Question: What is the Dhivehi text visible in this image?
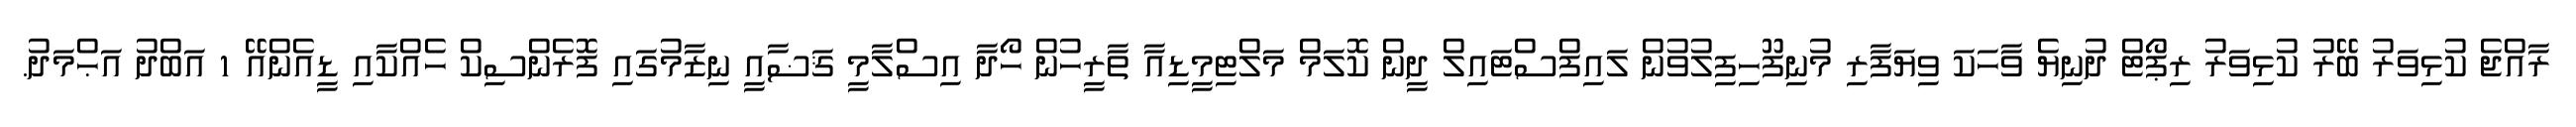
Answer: ރާއްޖެ ކުޅިވަރު ބޭރު ކުޅިވަރު ރިޕޯޓް ދުނިޔެ ވާހަކަ ވިޔަފާރި މުނިފޫހިފިލުވުން ލައިފްސްޓައިލް ދީން ކޮލަމް މަލްޓިމީޑިއާ ތާރީހުން ހޯދާ އިސްލާމީ ޤަޟާއީ ނިޒާމުގައި ފޮރެންސިކް ހެއްކާއި ޑީއެންއޭ 1 އަބްދު އަޙްމަދު.